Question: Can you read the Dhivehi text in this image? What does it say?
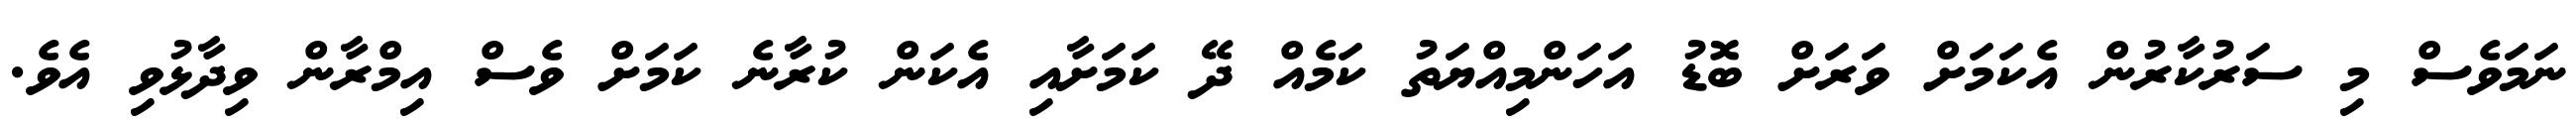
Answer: ނަމަވެސް މި ސަރުކާރުން އެކަމަށް ވަރަށް ބޮޑު އަހަންމިއްޔަތު ކަމެއް ދޭ ކަމަށާއި އެކަން ކުރާނެ ކަމަށް ވެސް އިމްރާން ވިދާޅުވި އެވެ.